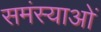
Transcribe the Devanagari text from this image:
समंस्याओं